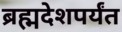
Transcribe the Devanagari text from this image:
ब्रह्मदेशपर्यंत